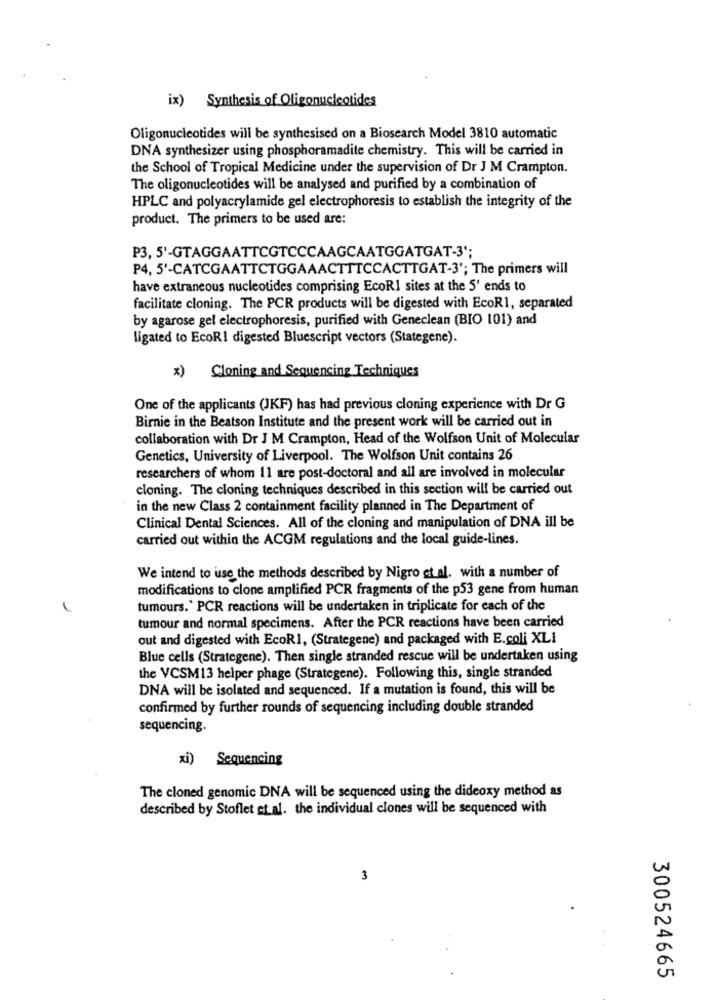
ix) Synthesis of Oligonucleotides
Oligonucleotides will be synthesised on a Biosearch Model 3810 automatic
DNA synthesizer using phosphoramadite chemistry. This will be carried in
the School of Tropical Medicine under the supervision of Dr J M Crampton.
The oligonucleotides will be analysed and purified by a combination of
HPLC and polyacrylamide gel electrophoresis to establish the integrity of the
product. The primers to be used are:
P3, 5'-GTAGGAATTCGTCCCAAGCAATGGATGAT-3';
P4, 5'-CATCGAATTCTGGAAACTTTCCACTTGAT-3'; The primers will
have extraneous nucleotides comprising EcoRI sites at the 5' ends to
facilitate cloning. The PCR products will be digested with EcoR1, separated
by agarose gel electrophoresis, purified with Geneclean (BIO 101) and
ligated to EcoRI digested Bluescript vectors (Stategene).
x) Cloning and Sequencing Techniques
One of the applicants (JKF) has had previous cloning experience with Dr G
Birnie in the Beatson Institute and the present work will be carried out in
collaboration with Dr J M Crampton, Head of the Wolfson Unit of Molecular
Genetics, University of Liverpool. The Wolfson Unit contains 26
researchers of whom 11 are post-doctoral and all are involved in molecular
cloning. The cloning techniques described in this section will be carried out
in the new Class 2 containment facility planned in The Department of
Clinical Dental Sciences. All of the cloning and manipulation of DNA ill be
carried out within the ACGM regulations and the local guide-lines.
We intend to use the methods described by Nigro et al. with a number of
modifications to clone amplified PCR fragments of the p53 gene from human
tumours.' PCR reactions will be undertaken in triplicate for each of the
tumour and normal specimens. After the PCR reactions have been carried
out and digested with EcoR1, (Strategene) and packaged with E.coli XLI
Blue cells (Strategene). Then single stranded rescue will be undertaken using
the VCSM13 helper phage (Strategene). Following this, single stranded
DNA will be isolated and sequenced. If a mutation is found, this will be
confirmed by further rounds of sequencing including double stranded
sequencing.
xi) Sequencing
The cloned genomic DNA will be sequenced using the dideoxy method as
described by Stoflet et al. the individual clones will be sequenced with
3
300524665